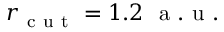
r _ { \mathrm { ~ c ~ u ~ t ~ } } = 1 . 2 \ \mathrm { ~ a ~ . ~ u ~ . ~ }